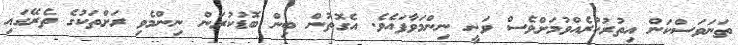
ތަނަވަސްކަން އިތުރުކުރެއްވުމަށްވެސް ވަނީ ނިންމަވާފައެވެ. އެގޮތުން ބިން ބޮޑުކުރަން ނިންމެވި ރަށްތަކުގެ ތެރޭގައި